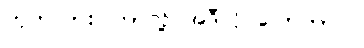
ဟုတ်လား၊ ဘာလို့ အဲဒီလို ပြောတာလဲ